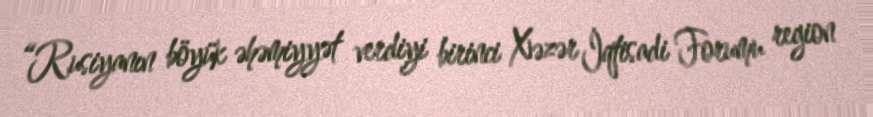
“Rusiyanın böyük əhəmiyyət verdiyi birinci Xəzər İqtisadi Forumu region